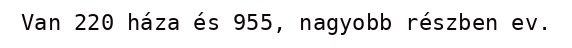
Van 220 háza és 955, nagyobb részben ev.